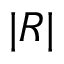
| R |